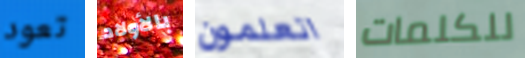
تعود بالأولاد اتعلمون للكلمات